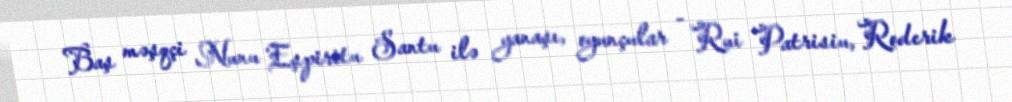
Baş məşqçi Nunu Eşpiritu Santu ilə yanaşı, oyunçular - Rui Patrisiu, Roderik